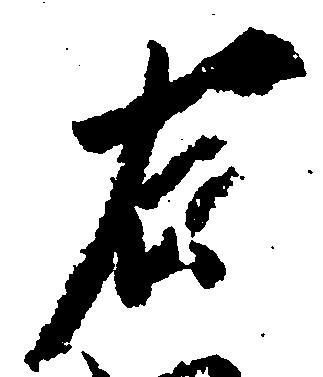
右